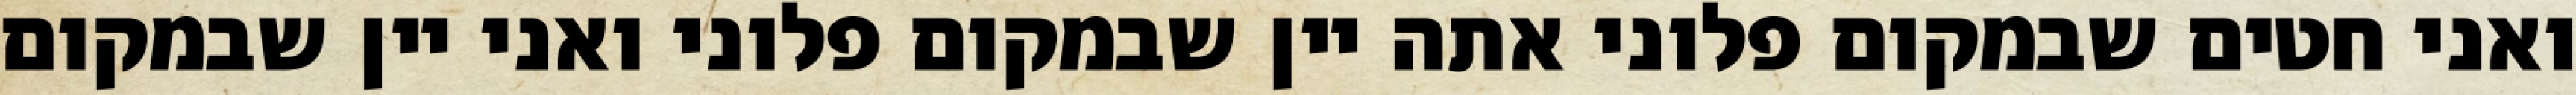
ואני חטים שבמקום פלוני אתה יין שבמקום פלוני ואני יין שבמקום